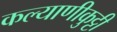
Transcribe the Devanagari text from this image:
कल्याणीकुट्टी